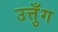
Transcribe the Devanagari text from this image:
उत्तुँग